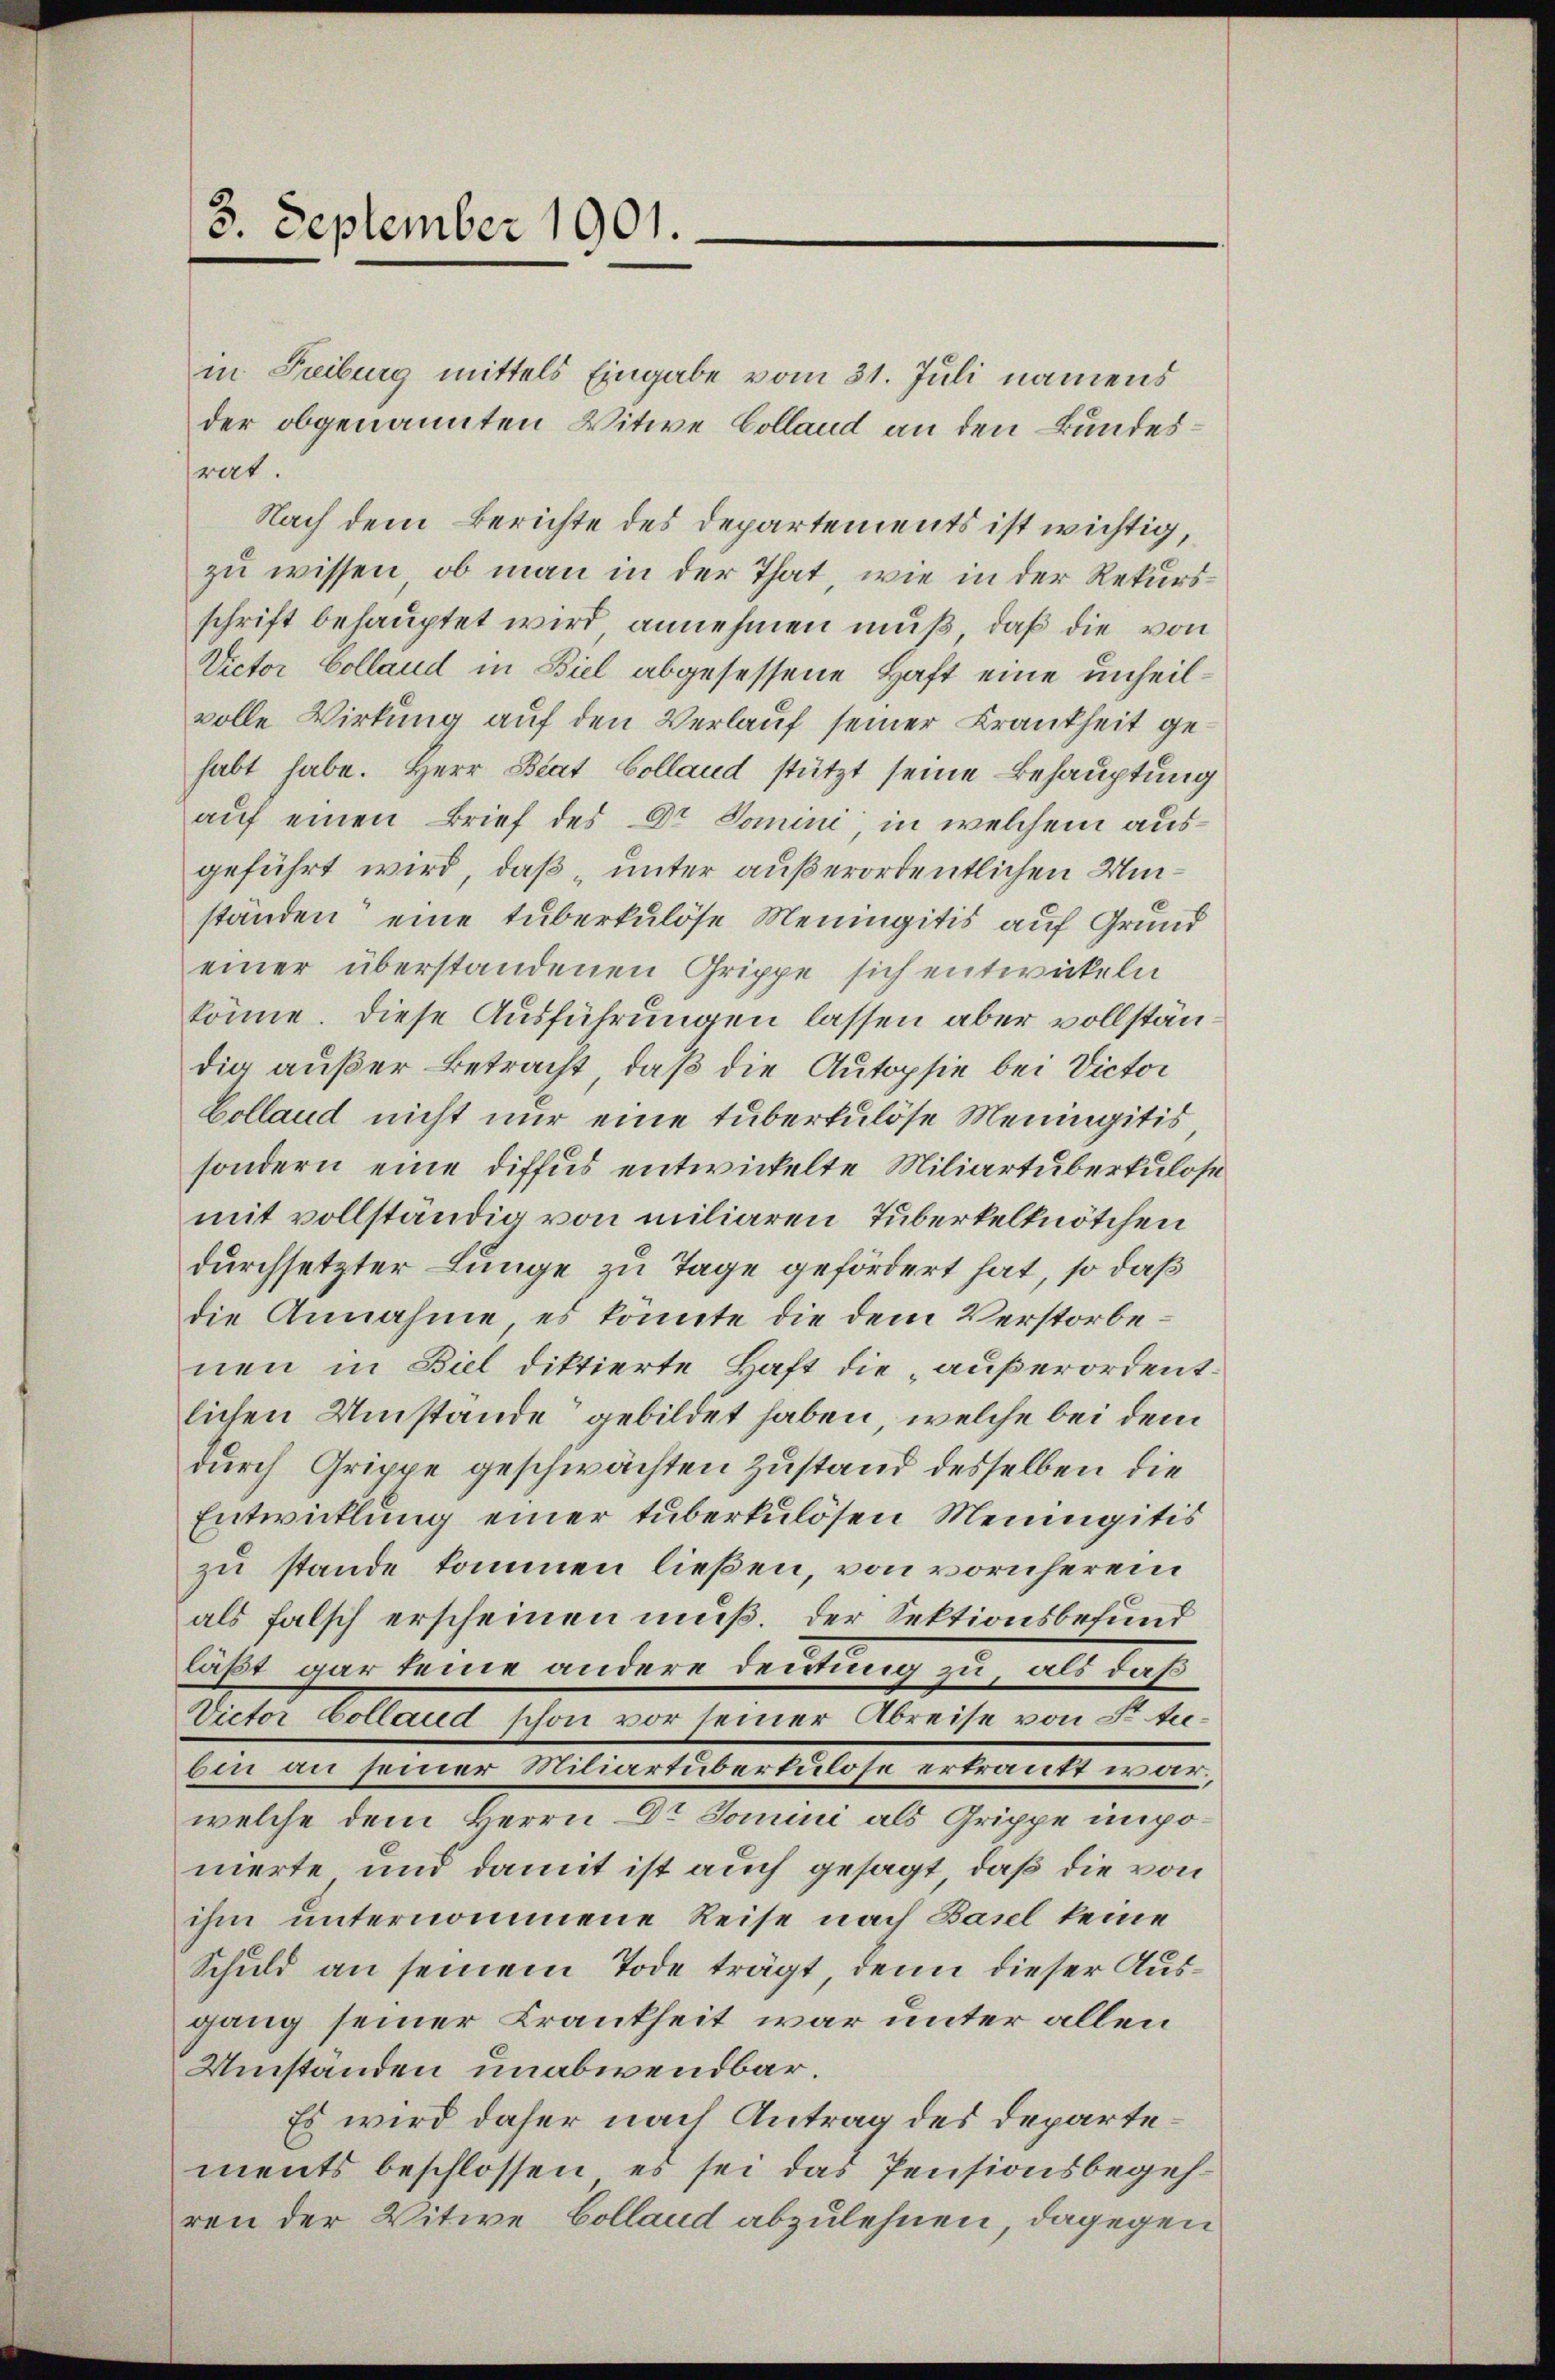
3. September 1901.

in Freiburg mittels Eingabe vom 31. Juli namens
der obgenannten Witwe Colland an den Bundesrat.
Nach dem Berichte des Departements ist wichtig,
zu wissen, ob man in der That, wie in der Rekursschrift behauptet wird annehmen muß, daß die von
Victor Colland in Biel abgesessene Haft eine unheilvolle Wirkung auf den Verlauf seiner Krankheit gehabt habe. Herr Beat Colland stützt seine Behauptung
auf einen Brief des Dr Domini, in welchem ausgeführt wird, daß unter außerordentlichen Umständen eine tuberkulöse Meningitis auf Grund
einer überstandenen Grippe sich entwickeln
könne. Diese Ausführungen lassen aber vollständia außer Betracht, daß die Autopsie bei Victor
Colland nicht nur eine tuberkulöse Meningitis
sondern eine diffes entwickelte Miliartüberkulos
mit vollständig von miliaren Tuberkelknötchen
durchsetzter Lunge zu Tage gefördert hat, so daß
die Annahme es konnte die dem Verstorbenen in Biel diktierte Haft die „außerordent.
lichen Umstände gebildet haben, welche bei dem
durch Grippe geschwächten Zustand desselben die
Entwicklung einer tuberkulösen Meinigitis
zu stande kommen ließen, von vornherem
als falsch erscheinen muß. Der Sektionsbefund
last gar keine andere Deutung zu, als daß
Victor Colland schon vor seiner Abreise von St. Jubin an seiner Miliartüberkulose ertrankt war,
welche dem Herrn Dr Jomini als Grippe imponierte und damit ist auch gesagt, daß die von
ihm unternommene Reise nach Basel keine
Schuld an seinem Tode trägt, denn dieser Ausgang seiner Krankheit war unter allen
Umständen unabwendbar.
Es wird daher nach Antrag des Departements beschlossen, es sei das Pensionsbegehren der Witwe Colland abzulehnen, dagegen